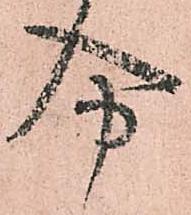
分